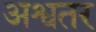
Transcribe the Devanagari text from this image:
अश्वतर